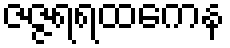
ဇဇ္ဇရရထကေန